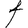
Character: t